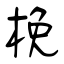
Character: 梚